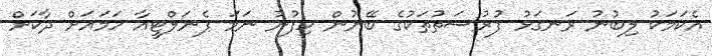
އެކަމަކު ލިބުނު ރަނގަޅު ފުރުސަތުތަކުގެ ބޭނުން ހިފުނު ނަމަ ޕެނަލްޓީއާ ހަމައަށް ދާކަށް